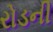
રોડની